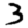
Digit: 3